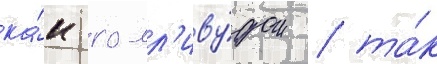
ка́к голл'иву́дом / та́к